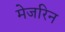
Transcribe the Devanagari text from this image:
मेजरिन